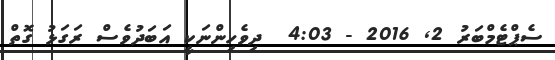
ސެޕްޓެމްބަރު 2